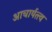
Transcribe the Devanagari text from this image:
आचार्यत्त्व